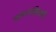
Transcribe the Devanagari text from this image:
वामनपंडिताची